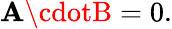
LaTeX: \mathbf{A}\cdotB=0.